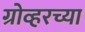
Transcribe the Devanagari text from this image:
ग्रोव्हरच्या